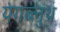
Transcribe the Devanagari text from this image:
यंगब्लुथ